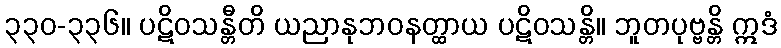
၃၃၀-၃၃၆။ ပဋိဝသန္တီတိ ယညာနုဘဝနတ္ထာယ ပဋိဝသန္တိ။ ဘူတပုဗ္ဗန္တိ ဣဒံ